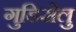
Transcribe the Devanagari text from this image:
गुडिसेलु